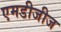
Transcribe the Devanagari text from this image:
एमडीजीज